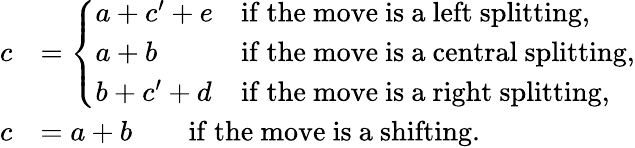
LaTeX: \begin{array}{rl}{c}&{=\left\{ \begin{array}{ll}{a+c^{\prime}+e}&{\mathrm{if~the~move~is~a~left~splitting,}}\\ {a+b}&{\mathrm{if~the~move~is~a~central~splitting,}}\\ {b+c^{\prime}+d}&{\mathrm{if~the~move~is~a~right~splitting,}}\end{array}\right.}\\ {c}&{=a+b\qquad\mathrm{if~the~move~is~a~shifting}.}\end{array}